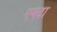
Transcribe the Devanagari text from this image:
एक्दा